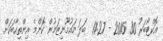
އޮކްޓޯބަރު 30